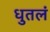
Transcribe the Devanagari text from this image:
धुतलं